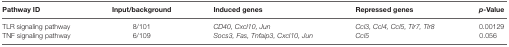
<table><thead><tr><td><b>Pathway ID</b></td><td><b>Input/background</b></td><td><b>Induced genes</b></td><td><b>Repressed genes</b></td><td><b><i>p</i>-Value</b></td></tr></thead><tbody><tr><td>TLR signaling pathway</td><td>8/101</td><td><i>CD40, Cxcl10, Jun</i></td><td><i>Ccl3, Ccl4, Ccl5, Tlr7, Tlr8</i></td><td>0.00129</td></tr><tr><td>TNF signaling pathway</td><td>6/109</td><td><i>Socs3, Fas, Tnfaip3, Cxcl10, Jun</i></td><td><i>Ccl5</i></td><td>0.056</td></tr></tbody></table>